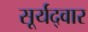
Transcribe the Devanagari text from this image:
सूर्यद्वार